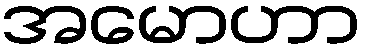
အမောဟာ